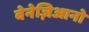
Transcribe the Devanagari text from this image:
वेनेज़िआनो